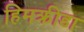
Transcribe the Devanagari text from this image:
हिमक्रीडा